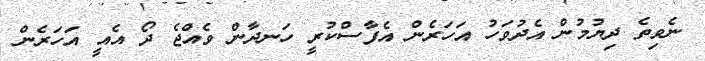
ނެވިތެ ދިޔުމުން އެދުވަހު އަހަރެން އެފާސްކުރީ ހަނދާން ވެއްޖެ ދޯ އެއީ އަހަރެން